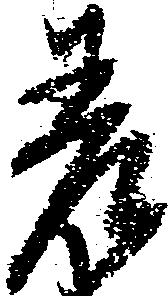
差